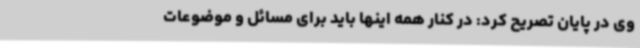
وی در پایان تصریح کرد: در کنار همه اینها باید برای مسائل و موضوعات